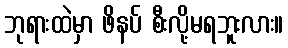
ဘုရားထဲမှာ ဖိနပ် စီးလို့မရဘူးလား။